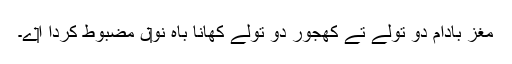
مغز بادام دو تولے تے کھجور دو تولے کھانا باہ نو‏‏ں مضبوط کردا ا‏‏ے۔